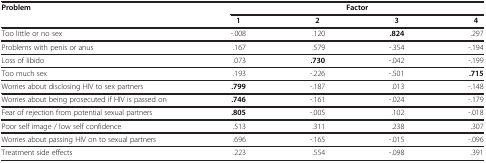
<table><thead><tr><td rowspan="2"><b>Problem</b></td><td colspan="4"><b>Factor</b></td></tr><tr><td><b>1</b></td><td><b>2</b></td><td><b>3</b></td><td><b>4</b></td></tr></thead><tbody><tr><td>Too little or no sex</td><td>-.008</td><td>.120</td><td><b>.824</b></td><td>.297</td></tr><tr><td>Problems with penis or anus</td><td>.167</td><td>.579</td><td>-.354</td><td>-.194</td></tr><tr><td>Loss of libido</td><td>.073</td><td><b>.730</b></td><td>-.042</td><td>-.199</td></tr><tr><td>Too much sex</td><td>.193</td><td>-.226</td><td>-.501</td><td><b>.715</b></td></tr><tr><td>Worries about disclosing HIV to sex partners</td><td><b>.799</b></td><td>-.187</td><td>.013</td><td>-.148</td></tr><tr><td>Worries about being prosecuted if HIV is passed on</td><td><b>.746</b></td><td>-.161</td><td>-.024</td><td>-.179</td></tr><tr><td>Fear of rejection from potential sexual partners</td><td><b>.805</b></td><td>-.005</td><td>.102</td><td>-.018</td></tr><tr><td>Poor self image / low self confidence</td><td>.513</td><td>.311</td><td>.238</td><td>.307</td></tr><tr><td>Worries about passing HIV on to sexual partners</td><td>.696</td><td>-.165</td><td>-.015</td><td>-.096</td></tr><tr><td>Treatment side effects</td><td>.223</td><td>.554</td><td>-.098</td><td>.391</td></tr></tbody></table>